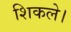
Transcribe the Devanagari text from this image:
शिकले।